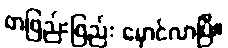
တဖြည်းဖြည်း မှောင်လာပြီ။